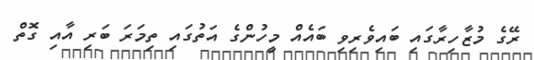
ރޭގެ މުޒާހިރާގައި ބައިވެރިވި ބައެއް މީހުންގެ އަތުގައި ތިމަރަ ބަރި އާއި ގޮތް